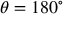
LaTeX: \theta = 1 8 0 ^ { \circ }